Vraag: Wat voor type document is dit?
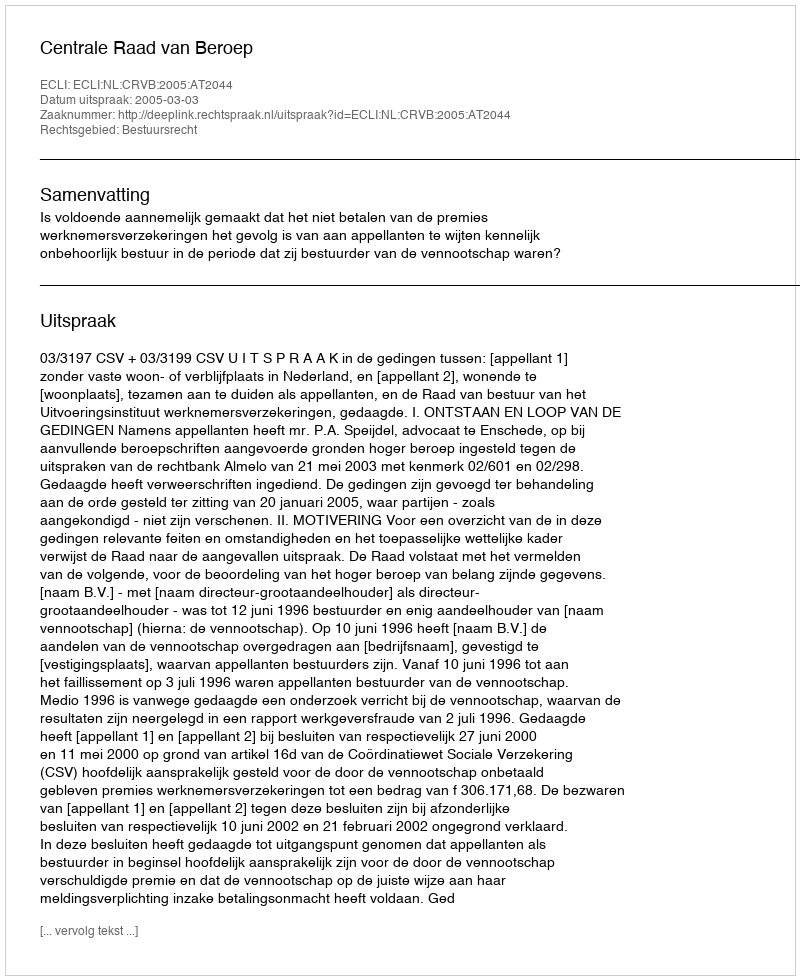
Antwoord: Uitspraak